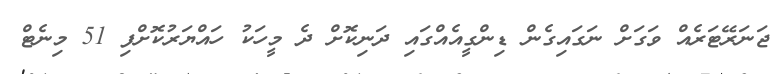
ޖަނަރޭޓަރެއް ވަގަށް ނަގައިގެން ޑިންގީއެއްގައި ދަނިކޮށް ދެ މީހަކު ހައްޔަރުކޮށްފި 51 މިނެޓް